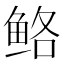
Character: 𱇪